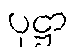
ပုဋ္ဌာ